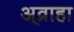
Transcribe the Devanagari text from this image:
अ्व्राहा